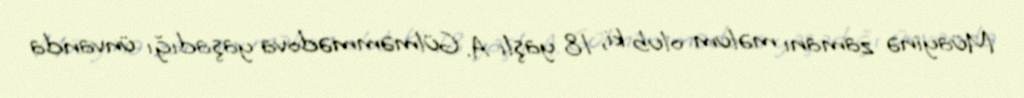
Müayinə zamanı məlum olub ki, 18 yaşlı A. Gülməmmədova yaşadığı ünvanda